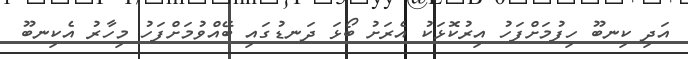
އަދި ކިނބޫ ހިފުމަށްފަހު އިރުކޮޅަކު އެރަށު ބޯޅަ ދަނޑުގައި ބޭއްވުމަށްފަހު މިހާރު އެކިނބޫ